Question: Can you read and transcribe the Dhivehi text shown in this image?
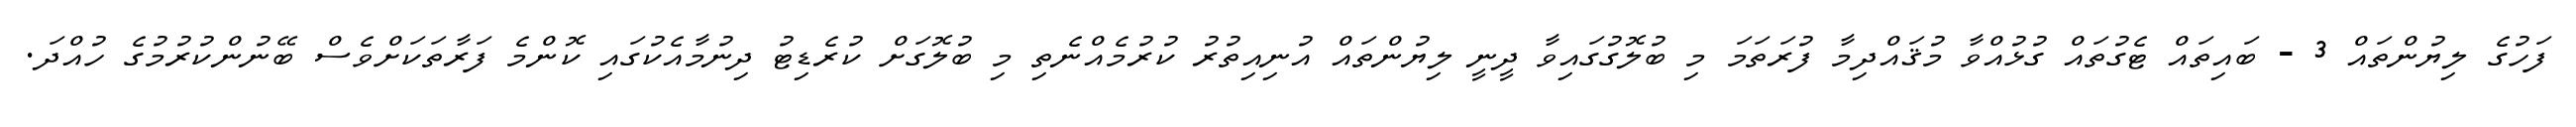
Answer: ފަހުގެ ލިޔުންތައް 3 - ބައިތައް ޓެގުތައް ގުޅުއްވާ މުޤައްދިމާ ފުރަތަމަ މި ބުލޮގުގައިވާ ދީނީ ލިޔުންތައް އުނިއިތުރު ކުރުމެއްނެތި މި ބުލޮގަށް ކުރެޑިޓު ދިނުމާއެކުގައި ކޮންމެ ފަރާތަކަށްވެސް ބޭނުންކުރުމުގެ ހުއްދަ.